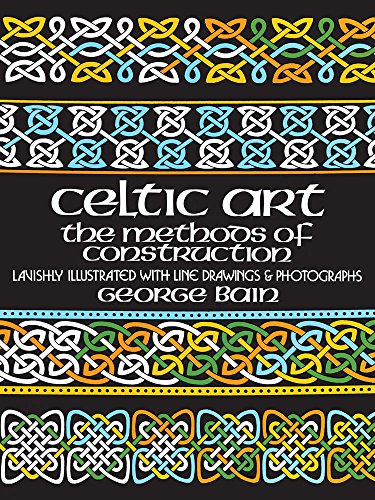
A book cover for Celtic Art: The Methods of Construction (Dover Art Instruction); George Bain; Arts & Photography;